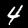
Label: 4